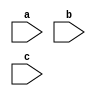
`timescale 1ns / 1ps
//////////////////////////////////////////////////////////////////////////////////
// Company: 
// Engineer: 
// 
// Design Name: 
// Module Name: half_adder_8bit
// Project Name: 
// Target Devices: 
// Tool Versions: 
// Description: 
// 
// Dependencies: 
// 
// Revision:
// Revision 0.01 - File Created
// Additional Comments:
// 
//////////////////////////////////////////////////////////////////////////////////


module half_adder_8bit(
    input [7:0] a,
    input [7:0] b,
    input [7:0] c
    );
    assign c=a+b;
endmodule